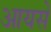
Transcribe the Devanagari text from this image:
आयसें